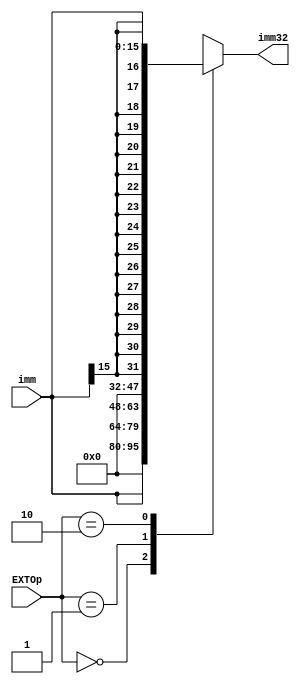
`timescale 1ns / 1ps
//////////////////////////////////////////////////////////////////////////////////
// Company: 
// Engineer: 
// 
// Design Name: 
// Module Name:    EXT 
// Project Name: 
// Target Devices: 
// Tool versions: 
// Description: 
//
// Dependencies: 
//
// Revision: 
// Revision 0.01 - File Created
// Additional Comments: 
//
//////////////////////////////////////////////////////////////////////////////////
module EXT(imm,EXTOp,imm32
    );
	 input [15:0]imm;
	 input [1:0]EXTOp;
	 output reg [31:0]imm32;
	 
	 always @* begin
	   case(EXTOp)
		  0:imm32={16'b0,imm};
		  1:imm32={imm,16'b0};
		  2:imm32={{16{imm[15]}},imm};
		  default imm32=32'bx;
		  endcase
		  end

endmodule